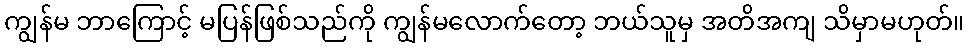
ကျွန်မ ဘာကြောင့် မပြန်ဖြစ်သည်ကို ကျွန်မလောက်တော့ ဘယ်သူမှ အတိအကျ သိမှာမဟုတ်။